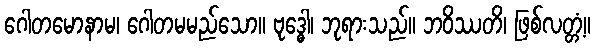
ဂေါတမောနာမ၊ ဂေါတမမည်သော။ ဗုဒ္ဓေါ၊ ဘုရားသည်။ ဘဝိဿတိ၊ ဖြစ်လတ္တံ့။